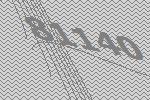
81140